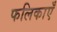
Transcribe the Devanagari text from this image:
फलिकाएँ